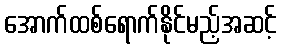
အောက်ထစ်ရောက်နိုင်မည့်အဆင့်